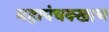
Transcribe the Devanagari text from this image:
महापंचक्खाण